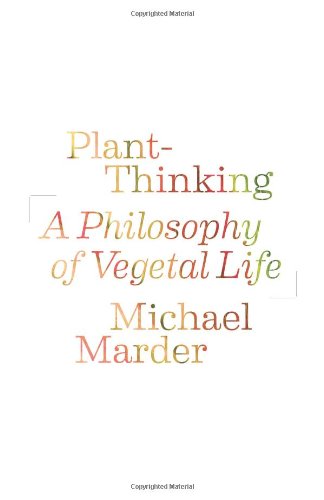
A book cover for Plant-Thinking: A Philosophy of Vegetal Life; Michael Marder; Science & Math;